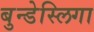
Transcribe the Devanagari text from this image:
बुन्डेस्लिगा